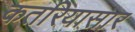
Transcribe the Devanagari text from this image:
कतरियासार